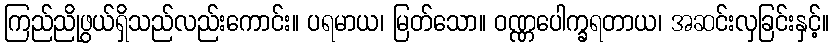
ကြည်ညိုဖွယ်ရှိသည်လည်းကောင်း။ ပရမာယ၊ မြတ်သော။ ဝဏ္ဏပေါက္ခရတာယ၊ အဆင်းလှခြင်းနှင့်။